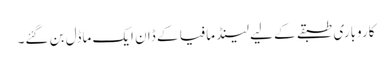
کاروباری طبقے کے لیے لینڈ مافیا کے ڈان ایک ماڈل بن گئے۔